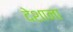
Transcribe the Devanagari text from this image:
देशाना